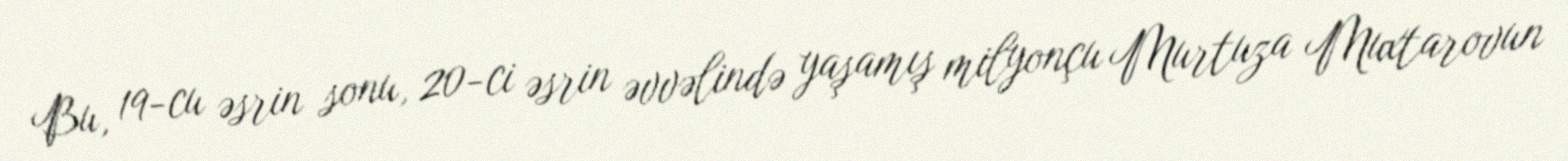
Bu, 19-cu əsrin sonu, 20-ci əsrin əvvəlində yaşamış milyonçu Murtuza Muxtarovun